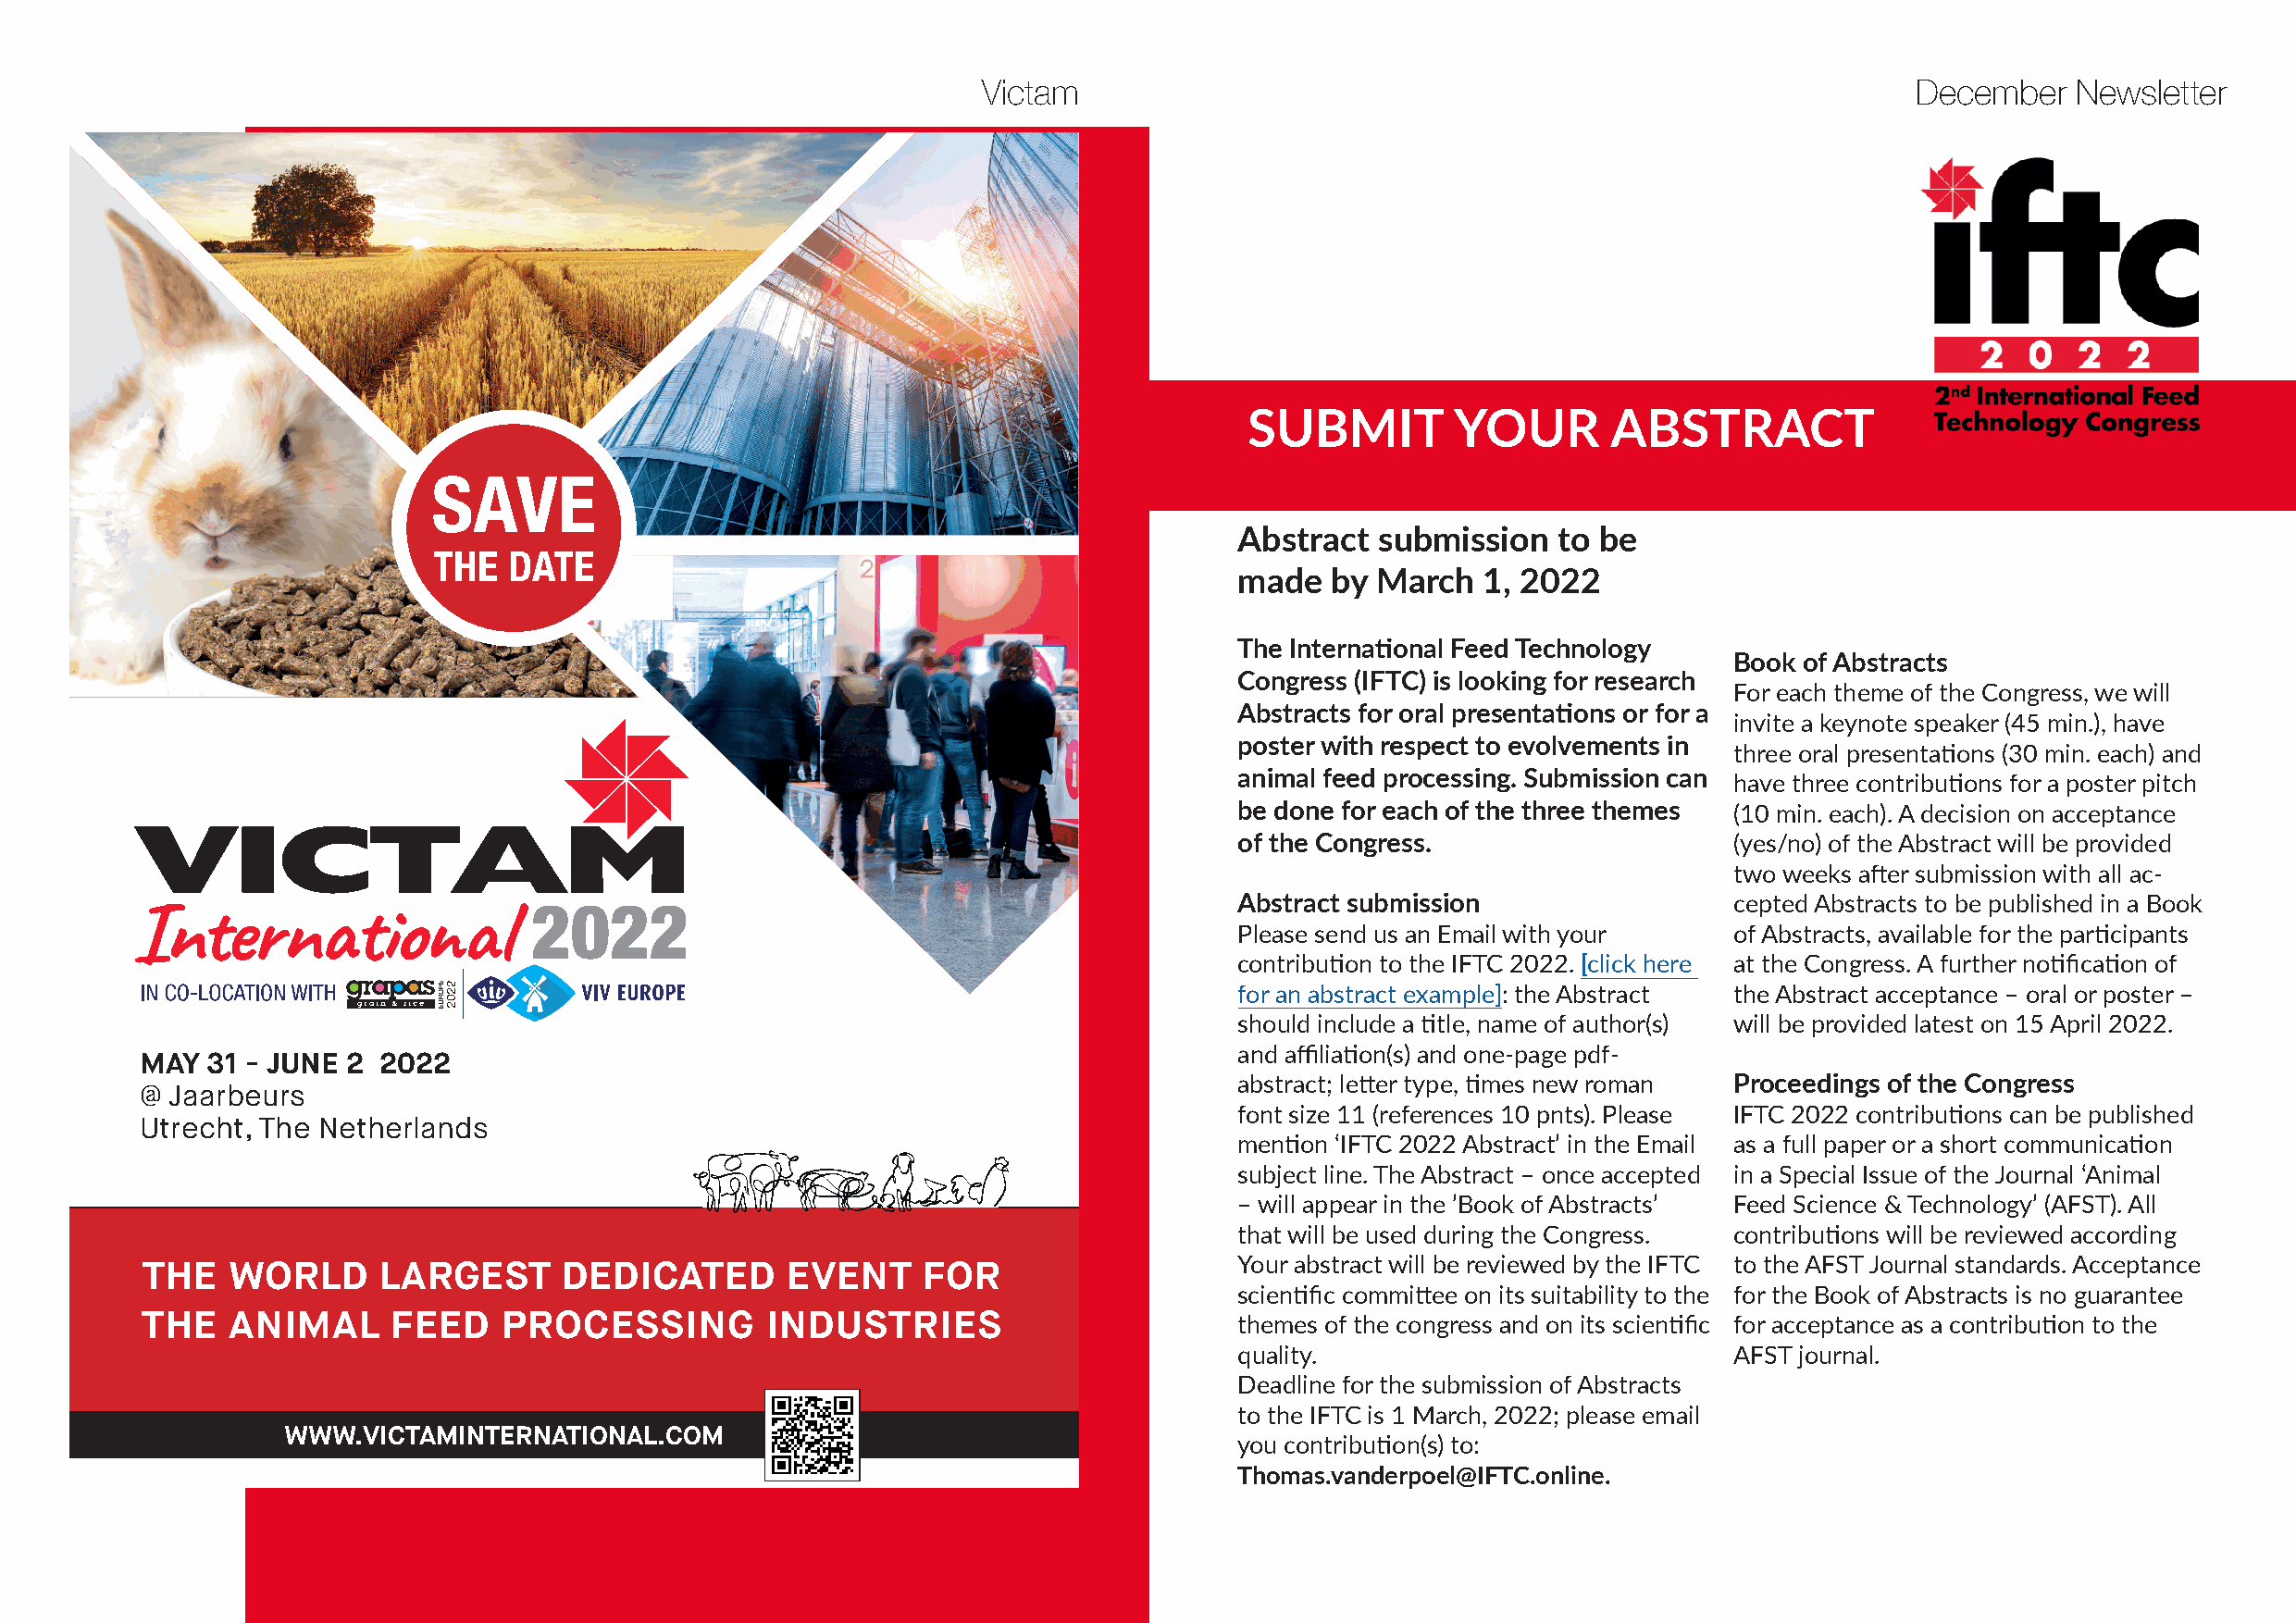
Victam                                                             December   Newsletter
 SUBMIT         YOUR       ABSTRACT
 SAVE
 Abstract  submission  to be
 THE  DATE
 made  by March   1, 2022
 The International Feed Technology
 Book of Abstracts
 Congress (IFTC) is looking for research
 For each theme of the Congress, we will
 Abstracts for oral presentations or for a
 invite a keynote speaker (45 min.), have
 poster with respect to evolvements in
 three oral presentations (30 min. each) and
 animal feed processing. Submission can have three contributions for a poster pitch
 be done for each of the three themes (10 min. each). A decision on acceptance
 of the Congress.                   (yes/no) of the Abstract will be provided
 two weeks after submission with all ac-
 Abstract submission                cepted Abstracts to be published in a Book
 Please send us an Email with your  of Abstracts, available for the participants
 contribution to the IFTC 2022. [click here at the Congress. A further notification of
 for an abstract example]: the Abstract the Abstract acceptance – oral or poster –
 should include a title, name of author(s) will be provided latest on 15 April 2022.
 and affiliation(s) and one-page pdf-
 MAY  31 - JUNE 2 2022
 abstract; letter type, times new roman Proceedings of the Congress
 @ Jaarbeurs
 font size 11 (references 10 pnts). Please IFTC 2022 contributions can be published
 Utrecht, The Netherlands
 mention ‘IFTC 2022 Abstract’ in the Email as a full paper or a short communication
 subject line. The Abstract – once accepted in a Special Issue of the Journal ‘Animal
 – will appear in the ’Book of Abstracts’ Feed Science & Technology’ (AFST). All
 that will be used during the Congress. contributions will be reviewed according
 Your abstract will be reviewed by the IFTC to the AFST Journal standards. Acceptance
 THE   WORLD      LARGEST      DEDICATED       EVENT     FOR
 scientific committee on its suitability to the for the Book of Abstracts is no guarantee
 THE   ANIMAL      FEED    PROCESSING         INDUSTRIES                        themes of the congress and on its scientific for acceptance as a contribution to the
 quality.                           AFST journal.
 Deadline for the submission of Abstracts
 to the IFTC is 1 March, 2022; please email
 WWW.VICTAMINTERNATIONAL.COM
 you contribution(s) to:
 Thomas.vanderpoel@IFTC.online.
 VViiccttaamm--IInntt--BBaassiiss--VV22..iinndddd 11              2222--0077--2211 1133::5544